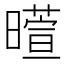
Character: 𬁙